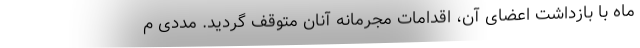
ماه با بازداشت اعضای آن، اقدامات مجرمانه آنان متوقف گردید. مددی م